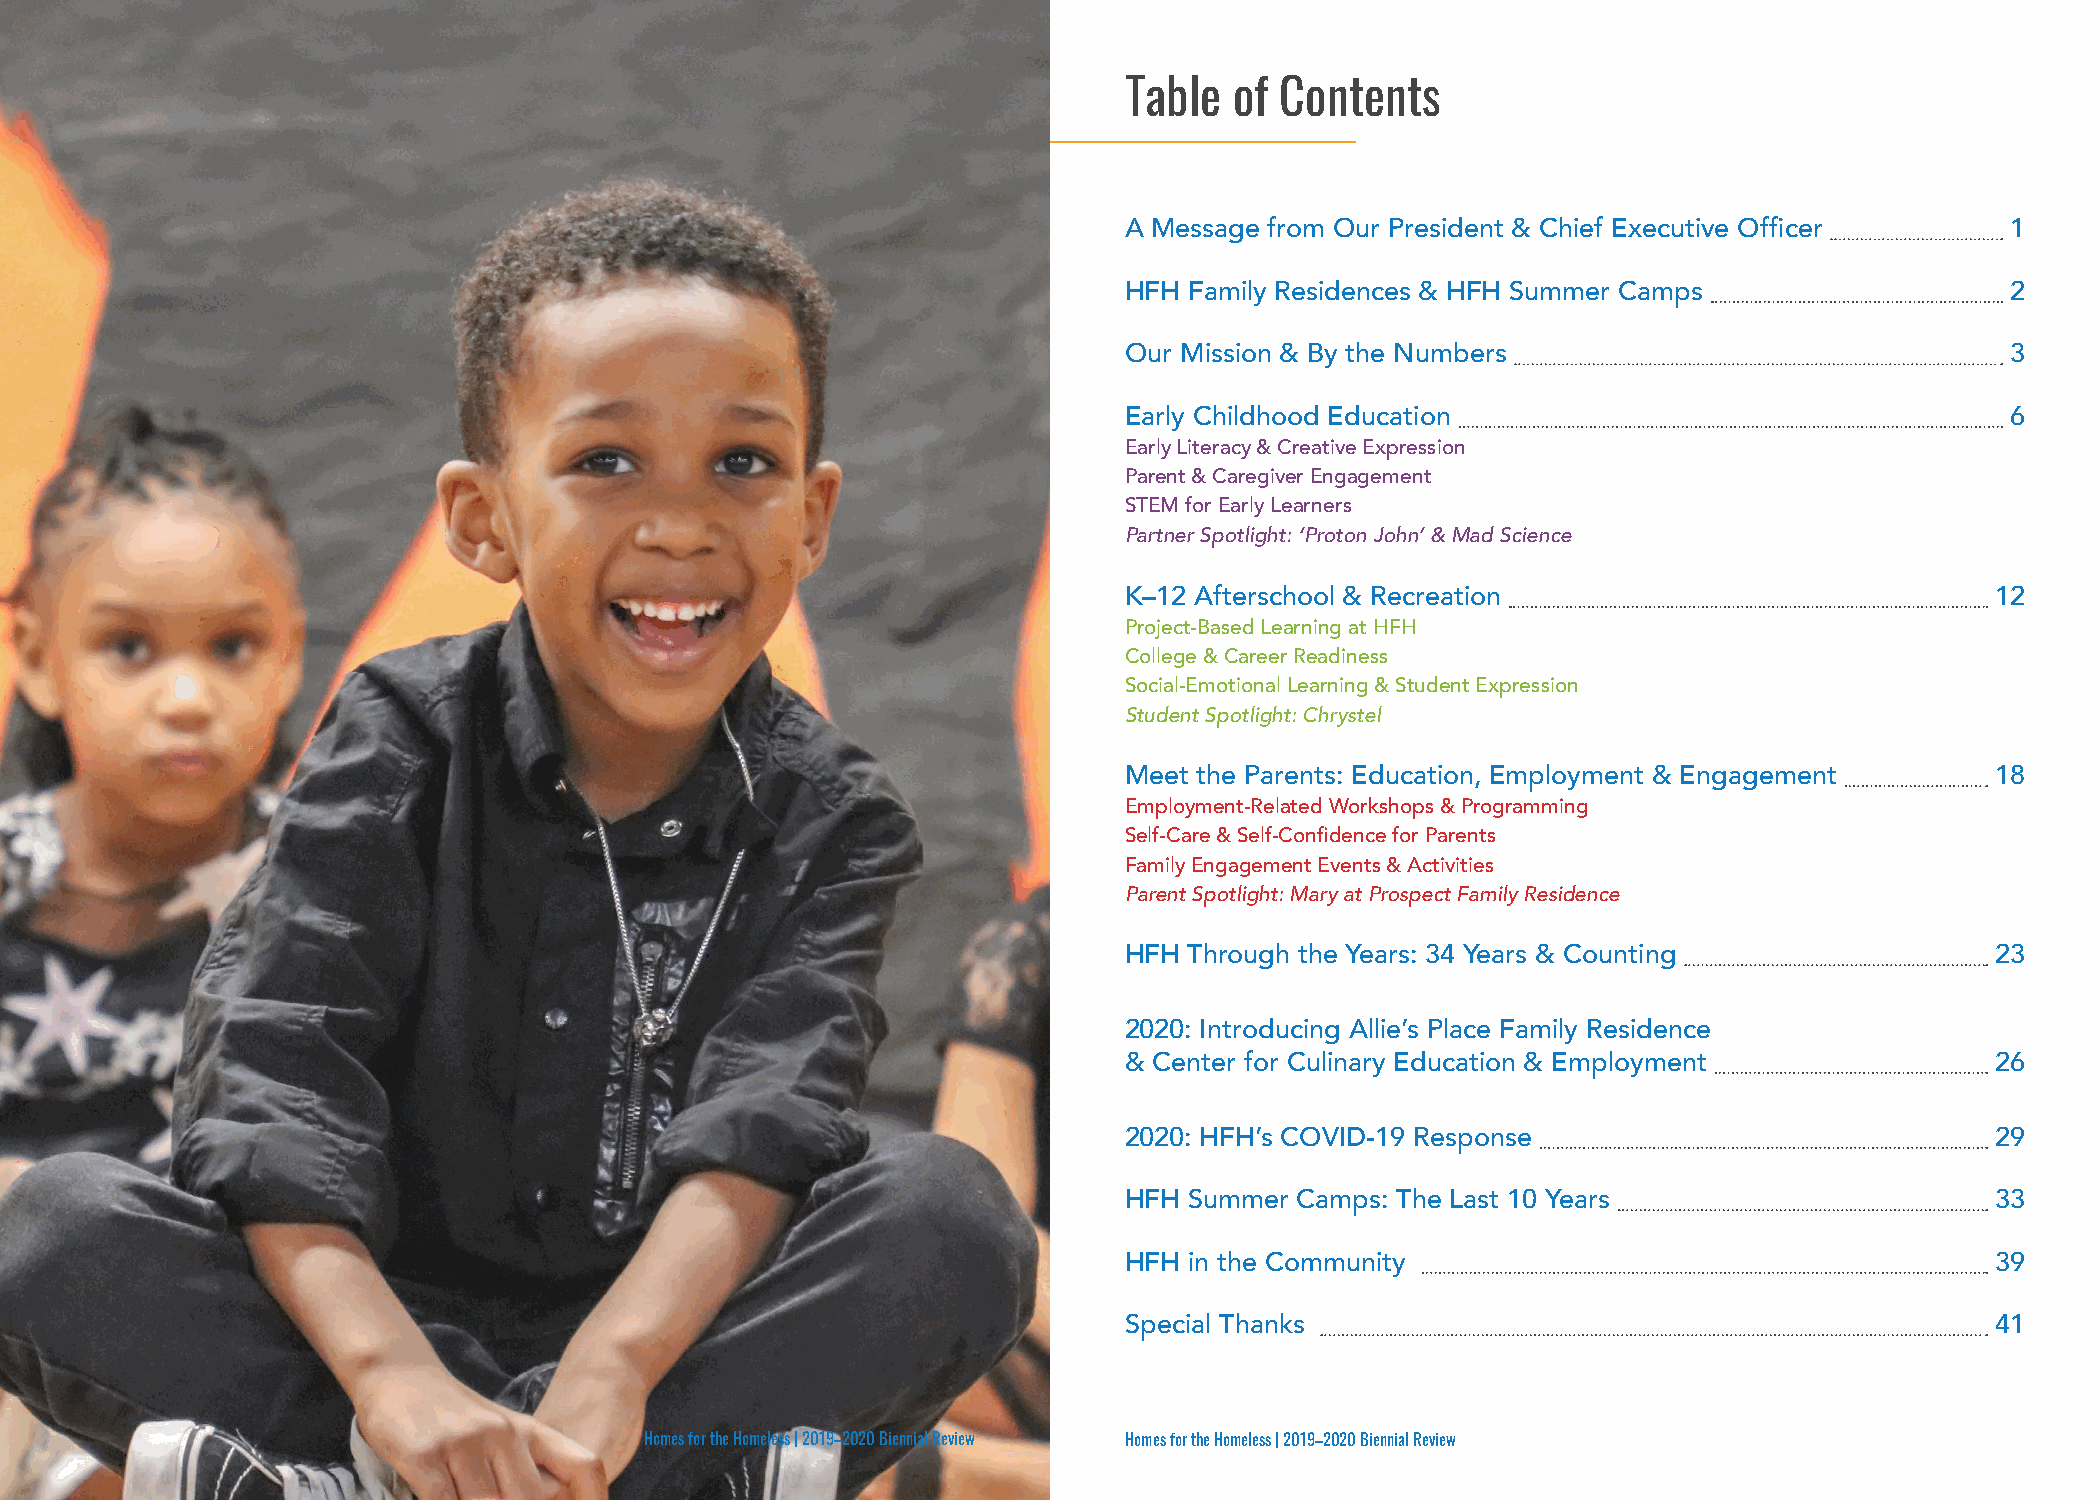
Table   of Contents
 A Message from Our President & Chief Executive Officer     1
 HFH  Family Residences & HFH Summer Camps                  2
 Our Mission & By the Numbers                               3
 Early Childhood Education                                  6
 Early Literacy & Creative Expression
 Parent & Caregiver Engagement
 STEM for Early Learners
 Partner Spotlight: ‘Proton John’ & Mad Science
 K–12 Afterschool & Recreation                             12
 Project-Based Learning at HFH
 College & Career Readiness
 Social-Emotional Learning & Student Expression
 Student Spotlight: Chrystel
 Meet the Parents: Education, Employment & Engagement      18
 Employment-Related Workshops & Programming
 Self-Care & Self-Confidence for Parents
 Family Engagement Events & Activities
 Parent Spotlight: Mary at Prospect Family Residence
 HFH  Through the Years: 34 Years & Counting               23
 2020: Introducing Allie’s Place Family Residence
 & Center for Culinary Education & Employment              26
 2020: HFH’s COVID-19 Response                             29
 HFH  Summer Camps: The Last 10 Years                      33
 HFH  in the Community                                     39
 Special Thanks                                            41
 Homes for the Homeless | 2019–2020 Biennial Review Homes for the Homeless | 2019–2020 Biennial Review